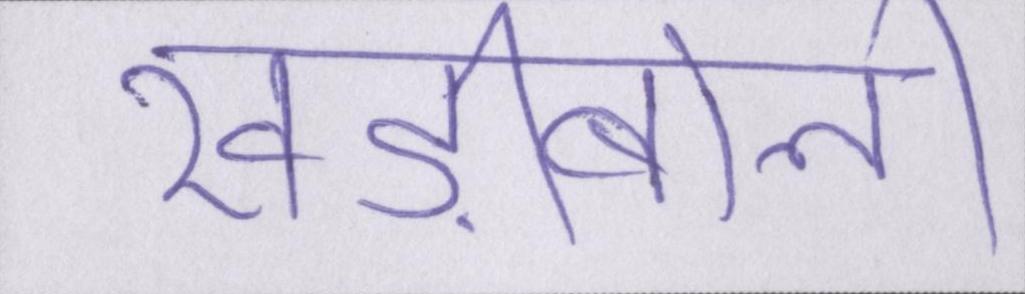
खड़ीबोली